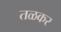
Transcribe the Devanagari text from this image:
तळकर